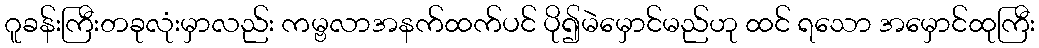
ဂူခန်းကြီးတခုလုံးမှာလည်း ကမ္ဗလာအနက်ထက်ပင် ပို၍မဲမှောင်မည်ဟု ထင် ရသော အမှောင်ထုကြီး